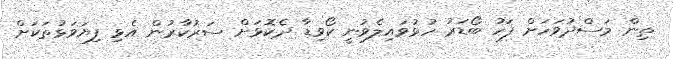
ތިން މަސްދުވަހަށް ފަހު ބޯޑަރު ހުޅުވައިލެވުނީ ކޯވިޑާ ދެކޮޅަށް ސަރުކާރުން އެޅި ފިޔަވަޅުތަކަށް